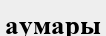
аумары